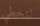
لتخطي